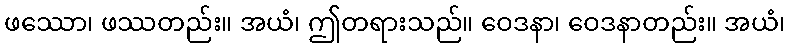
ဖဿော၊ ဖဿတည်း။ အယံ၊ ဤတရားသည်။ ဝေဒနာ၊ ဝေဒနာတည်း။ အယံ၊